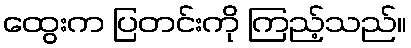
ထွေးက ပြတင်းကို ကြည့်သည်။